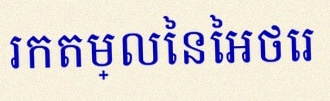
រកតម្លៃនៃអថេរ